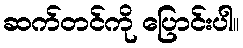
ဆက်တင်ကို ပြောင်းပါ။